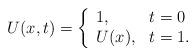
LaTeX: \begin{align*}U(x,t)=\left\{\begin{array}{ll}1, & t=0 \\U(x), & t=1.\end{array}\right. \end{align*}